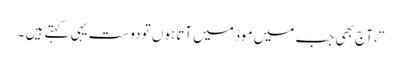
“، آج بھی جب میں موڈ میں آتاہوں تو دوست یہی کہتے ہیں ۔